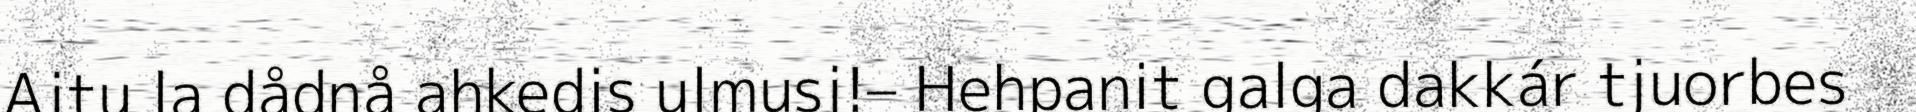
Ajtu la dådnå ahkedis ulmusj!– Hehpanit galga dakkár tjuorbes